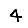
Digit: 4